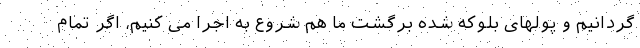
گردانیم و پولهای بلوکه شده برگشت ما هم شروع به اجرا می کنیم، اگر تمام